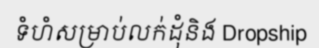
ទំហំសម្រាប់លក់ដុំនិង Dropship